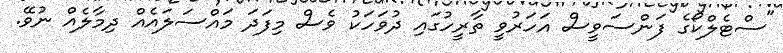
"ސްޓެލްކޯގެ ފަންސަވީސް އަހަރުވީ ތާރީހުގައި ދުވަހަކު ވެސް މިފަދަ މައްސަލައެއް ދިމާލެއް ނުވޭ.